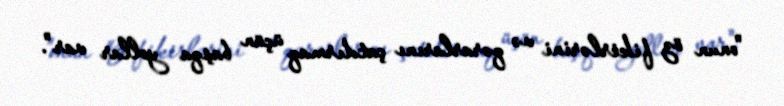
"onun öz fikirlərini və qərarlarını çatdırmaq üçün başqa yollar var".